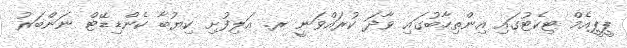
ޕީޕީއެމް ޓިކެޓުގައި އިންތިހާބުގައި ވާދަ ކުރައްވަނީ ރ. އަލިފުށި ކިޔުބާ ކެންޑިޑޭޓް ނަންބަރު